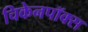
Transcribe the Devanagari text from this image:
चिकेनपॉक्स